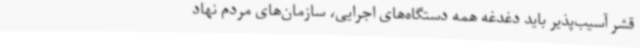
قشر آسیب‌پذیر باید دغدغه همه دستگاه‌های اجرایی، سازمان‌های مردم نهاد